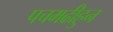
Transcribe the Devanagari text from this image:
पचमढीहुन